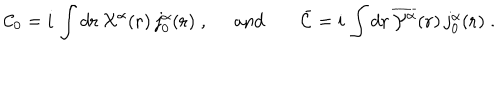
{ \cal C } _ { 0 } = i \, \int d { \bf { r } } \, { \textstyle { \cal X } ^ { \alpha } } ( { \bf r } ) \, j _ { 0 } ^ { \alpha } ( { \bf r } ) \; , \; \; \mathrm { a n d } \; { \bar { \cal C } } = i \, \int d { \bf { r } } \, \overline { { { { \cal Y } ^ { \alpha } } } } ( { \bf r } ) \, j _ { 0 } ^ { \alpha } ( { \bf r } ) \; .